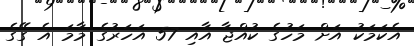
އެކަމަކު އަށް މަހުގެ ކުއްޖާ އާއި 57 އަހަރުގެ މާމަ އެ ގޭގެ